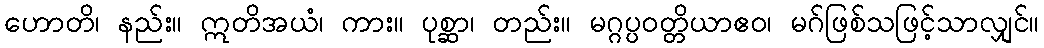
ဟောတိ၊ နည်း။ ဣတိအယံ၊ ကား။ ပုစ္ဆာ၊ တည်း။ မဂ္ဂပ္ပဝတ္တိယာဧဝ၊ မဂ်ဖြစ်သဖြင့်သာလျှင်။